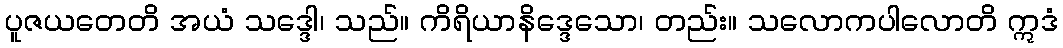
ပူဇယတေတိ အယံ သဒ္ဒေါ၊ သည်။ ကိရိယာနိဒ္ဒေသော၊ တည်း။ သလောကပါလောတိ ဣဒံ